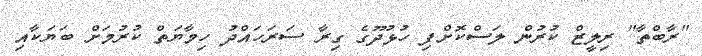
"ރާބްތާ" ރިލީޒް ކުރުން ލަސްކޮށްފި ހުޅުދޫގެ ގިރާ ސަރަހައްދު ހިމާޔަތް ކުރުމަށް ބަޔަކާއި